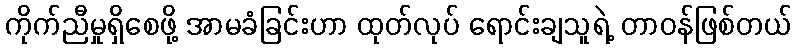
ကိုက်ညီမှုရှိစေဖို့ အာမခံခြင်းဟာ ထုတ်လုပ် ရောင်းချသူရဲ့ တာဝန်ဖြစ်တယ်